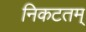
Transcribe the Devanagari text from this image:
निकटतम्